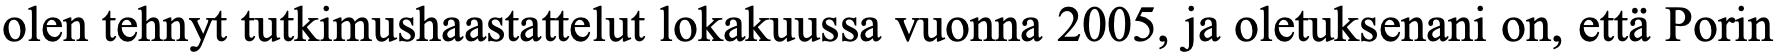
olen tehnyt tutkimushaastattelut lokakuussa vuonna 2005, ja oletuksenani on, että Porin